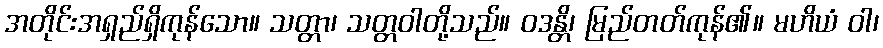
အတိုင်းအရှည်ရှိကုန်သော။ သတ္တာ၊ သတ္တဝါတို့သည်။ ဝဒန္တိ၊ မြည်တတ်ကုန်၏။ မဟိယံ ဝါ၊